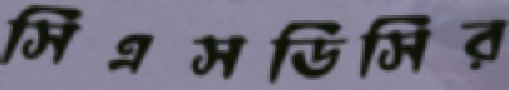
সিএসডিসির